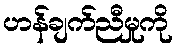
ဟန်ချက်ညီမှုကို